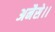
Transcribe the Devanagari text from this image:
अनैसे।।